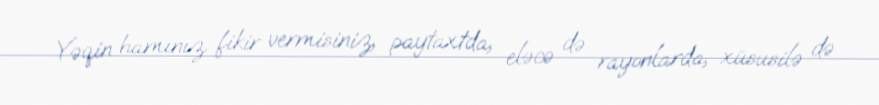
Yəqin hamınız fikir vermisiniz, paytaxtda, eləcə də rayonlarda, xüsusilə də